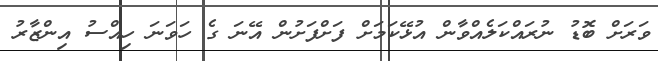
ވަރަށް ބޮޑު ނުރައްކަލެއްވާން އުޅޭކަމަށް ފަށްފަށުން އޭނަ ގެ ހަވަނަ ހިއްސު އިންޒާރު